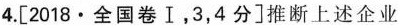
4.[2018·全国卷Ⅰ，3，4分]推断上述企业